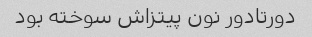
دورتادور نون پیتزاش سوخته بود